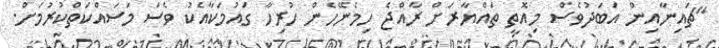
"ޗައިނާއިން އަބަދުވެސް މިއޮތީ ތައްޔާރަށް ރާއްޖެ ހިމެނޭހެން ހުރިހާ ގައުމަކާއެކު ވެސް މަސައްކަތްކުރުމަށް.